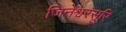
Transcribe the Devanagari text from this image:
जिनेश्वरसूरि